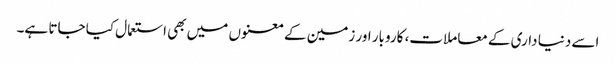
اسے دنیا داری کے معاملات، کاروبار اور زمین کے معنوں میں بھی استعمال کیا جاتا ہے۔